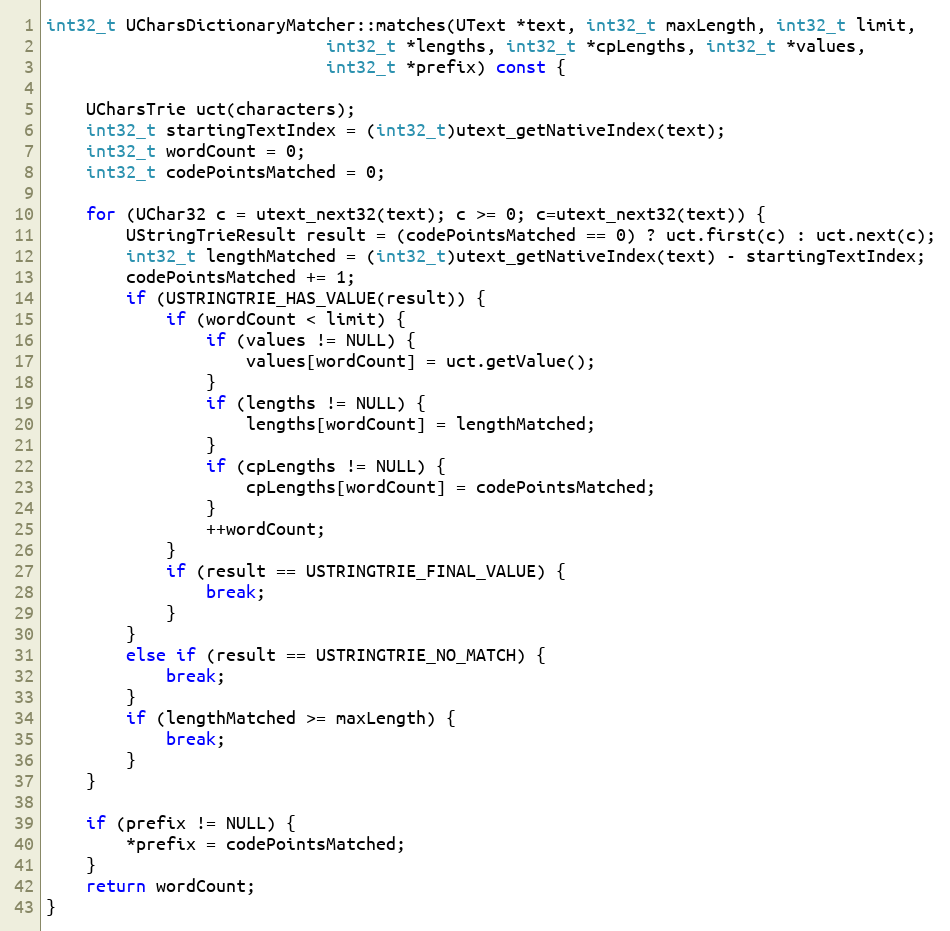
Language: C++
int32_t UCharsDictionaryMatcher::matches(UText *text, int32_t maxLength, int32_t limit,
                            int32_t *lengths, int32_t *cpLengths, int32_t *values,
                            int32_t *prefix) const {

    UCharsTrie uct(characters);
    int32_t startingTextIndex = (int32_t)utext_getNativeIndex(text);
    int32_t wordCount = 0;
    int32_t codePointsMatched = 0;

    for (UChar32 c = utext_next32(text); c >= 0; c=utext_next32(text)) {
        UStringTrieResult result = (codePointsMatched == 0) ? uct.first(c) : uct.next(c);
        int32_t lengthMatched = (int32_t)utext_getNativeIndex(text) - startingTextIndex;
        codePointsMatched += 1;
        if (USTRINGTRIE_HAS_VALUE(result)) {
            if (wordCount < limit) {
                if (values != NULL) {
                    values[wordCount] = uct.getValue();
                }
                if (lengths != NULL) {
                    lengths[wordCount] = lengthMatched;
                }
                if (cpLengths != NULL) {
                    cpLengths[wordCount] = codePointsMatched;
                }
                ++wordCount;
            }
            if (result == USTRINGTRIE_FINAL_VALUE) {
                break;
            }
        }
        else if (result == USTRINGTRIE_NO_MATCH) {
            break;
        }
        if (lengthMatched >= maxLength) {
            break;
        }
    }

    if (prefix != NULL) {
        *prefix = codePointsMatched;
    }
    return wordCount;
}